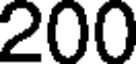
200